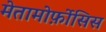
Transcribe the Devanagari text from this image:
मेतामोर्फ़ोसिस